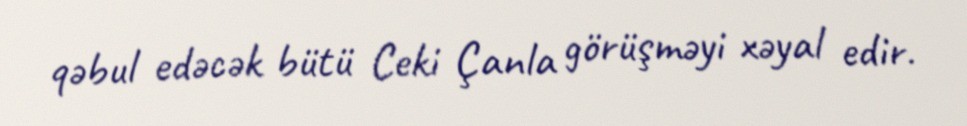
qəbul edəcək bütü Ceki Çanla görüşməyi xəyal edir.